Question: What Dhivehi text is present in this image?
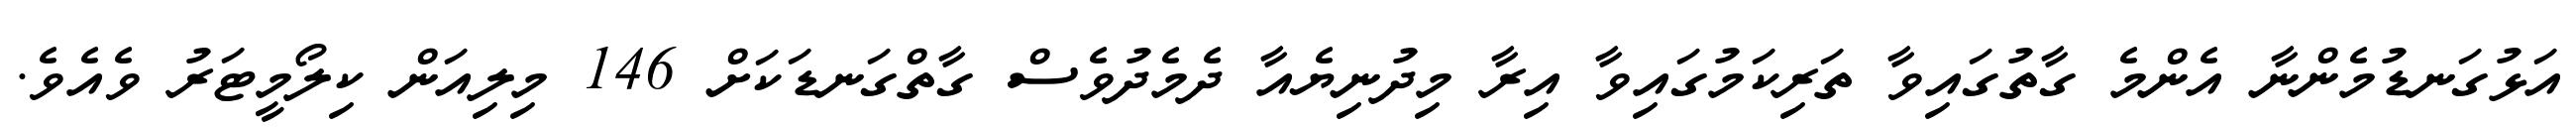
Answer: އަޅުގަނޑުމެންނާ އެންމެ ގާތުގައިވާ ތަރިކަމުގައިވާ އިރާ މިދުނިޔެއާ ދެމެދުވެސް ގާތްގަނޑަކަށް 146 މިލިއަން ކިލޯމީޓަރު ވެއެވެ.